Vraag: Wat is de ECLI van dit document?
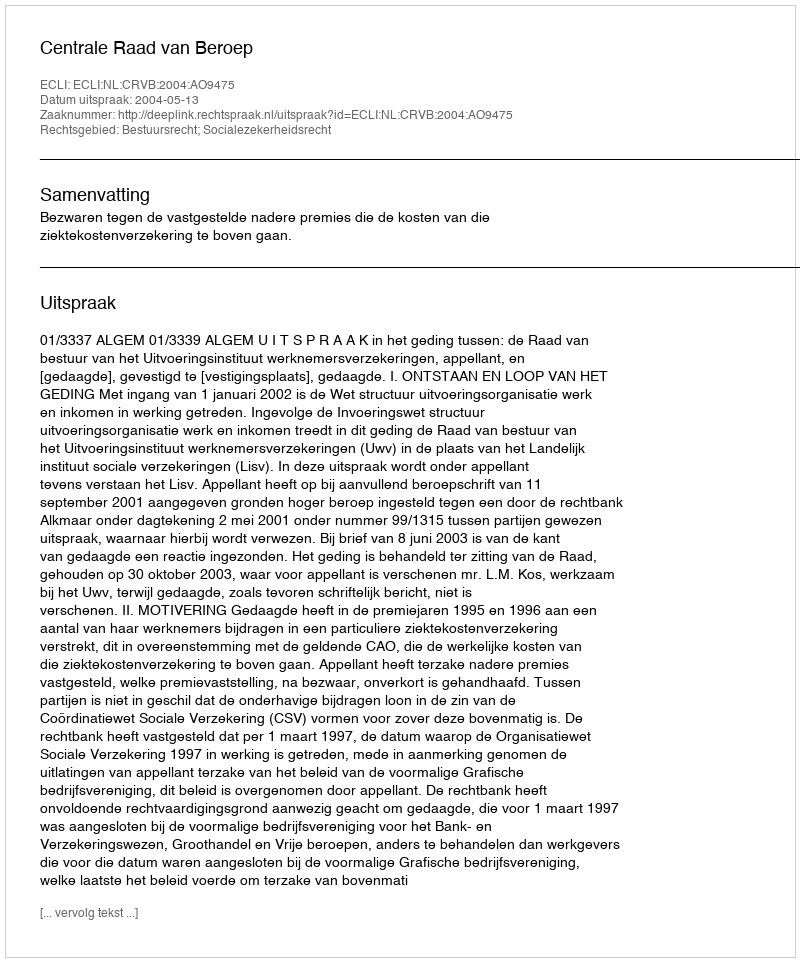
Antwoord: ECLI:NL:CRVB:2004:AO9475